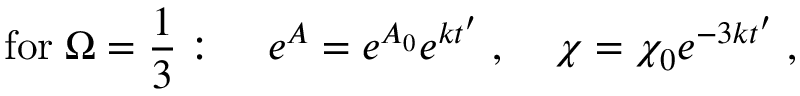
\mathrm { f o r } \; \Omega = \frac { 1 } { 3 } : \; \; \; \; e ^ { A } = e ^ { A _ { 0 } } e ^ { k t ^ { \prime } } \; , \; \; \; \; \chi = \chi _ { 0 } e ^ { - 3 k t ^ { \prime } } \; ,